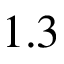
1 . 3